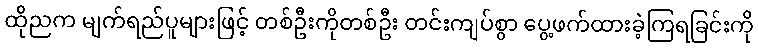
ထိုညက မျက်ရည်ပူများဖြင့် တစ်ဦးကိုတစ်ဦး တင်းကျပ်စွာ ပွေ့ဖက်ထားခဲ့ကြရခြင်းကို